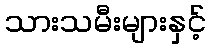
သားသမီးများနှင့်